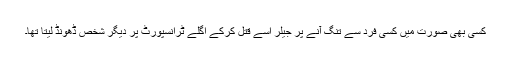
کسی بھی صورت میں کسی فرد سے تنگ آنے پر جیلر اسے قتل کرکے اگلے ٹرانسپورٹ پر دیگر شخص ڈھونڈ لیتا تھا۔